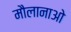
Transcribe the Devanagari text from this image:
मौलानाओ